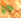
جاو